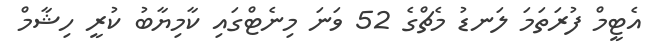
އެޓީމް ފުރަތަމަ ލަނޑު މެޗްގެ 52 ވަނަ މިނެޓްގައި ކާމިޔާބު ކުރީ ހިޝާމް